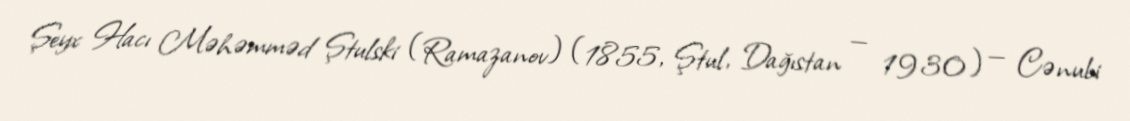
Şeyx Hacı Məhəmməd Ştulski (Ramazanov) (1855, Ştul, Dağıstan — 1930) — Cənubi